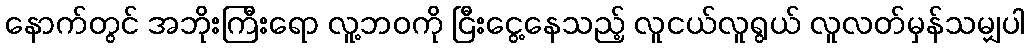
နောက်တွင် အဘိုးကြီးရော လူ့ဘဝကို ငြီးငွေ့နေသည့် လူငယ်လူရွယ် လူလတ်မှန်သမျှပါ